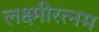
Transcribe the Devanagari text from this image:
लक्ष्मीरत्नम